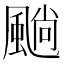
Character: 𩗵